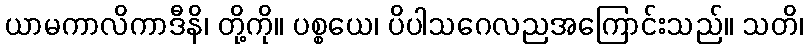
ယာမကာလိကာဒီနိ၊ တို့ကို။ ပစ္စယေ၊ ပိပါသဂေလညအကြောင်းသည်။ သတိ၊